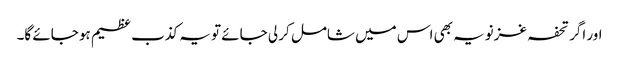
اور اگر تحفہ غزنویہ بھی اس میں شامل کر لی جائے تو یہ کذب عظیم ہو جائے گا۔